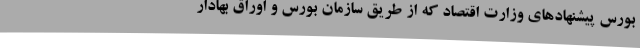
بورس پیشنهادهای وزارت اقتصاد که از طریق سازمان بورس و اوراق بهادار